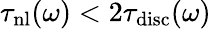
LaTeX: \tau_{\mathrm{nl}}(\omega)<2\tau_{\mathrm{disc}}(\omega)